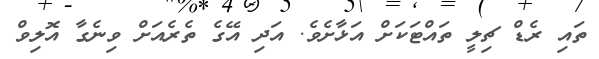
ތައި ރެޑް ޗިލީ ތައްޓަކަށް އަޅާށެވެ. އަދި އޭގެ ތެރެއަށް ވިނެގާ އޮލިވް